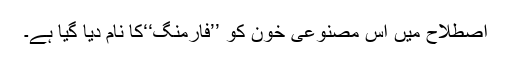
اصطلاح میں اس مصنوعی خون کو ’’فارمنگ‘‘کا نام دیا گیا ہے۔